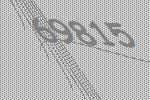
69815